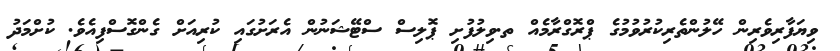
ވިޔަފާރިވެރިން ހޭލުންތެރިކުރުވުމުގެ ޕްރޮގްރާމެއް ތ.ވިލުފުށި ޕޮލިސް ސްޓޭޝަނުން އެރަށުގައި ކުރިއަށް ގެންގޮސްފިއެވެ. ކުށްމަދު